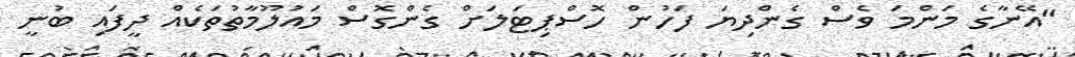
"އޭނާގެ މަންމަ ވެސް ގެންދިޔަ ފަހުން ހޮސްޕިޓަލަށް ގެންގޮސް މައުލޫމާތުތަކެއް ދީފައި ބުނީ